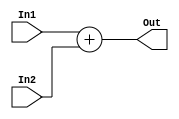
`timescale 1ns / 1ps
//////////////////////////////////////////////////////////////////////////////////
// Company: 
// Engineer: 
// 
// Design Name: 
// Module Name: adder_PC
// Project Name: 
// Target Devices: 
// Tool Versions: 
// Description: 
// 
// Dependencies: 
// 
// Revision:
// Revision 0.01 - File Created
// Additional Comments:
// 
//////////////////////////////////////////////////////////////////////////////////


module sumador #(
	parameter len1 = 32 // tener en cuenta que en el In1 simepre va la entrada mas grande
    ) (
    input [len1-1:0] In1,
    input In2,
    output [len1-1:0] Out
    );

    assign Out = In1 + In2; 

    // always@(*)
    // begin
    //   Out = In1 + In2;
    // end

endmodule